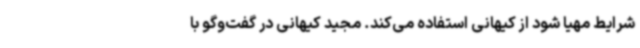
شرایط مهیا شود از کیهانی استفاده می‌کند. مجید کیهانی در گفت‌وگو با